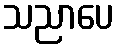
သညာပေ